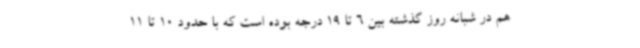
هم در شبانه روز گذشته بین 6 تا 19 درجه بوده است که با حدود 10 تا 11